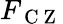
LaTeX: F_{\mathrm{~C~Z~}}